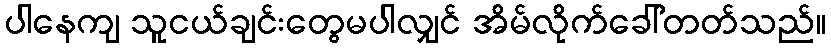
ပါနေကျ သူငယ်ချင်းတွေမပါလျှင် အိမ်လိုက်ခေါ်တတ်သည်။